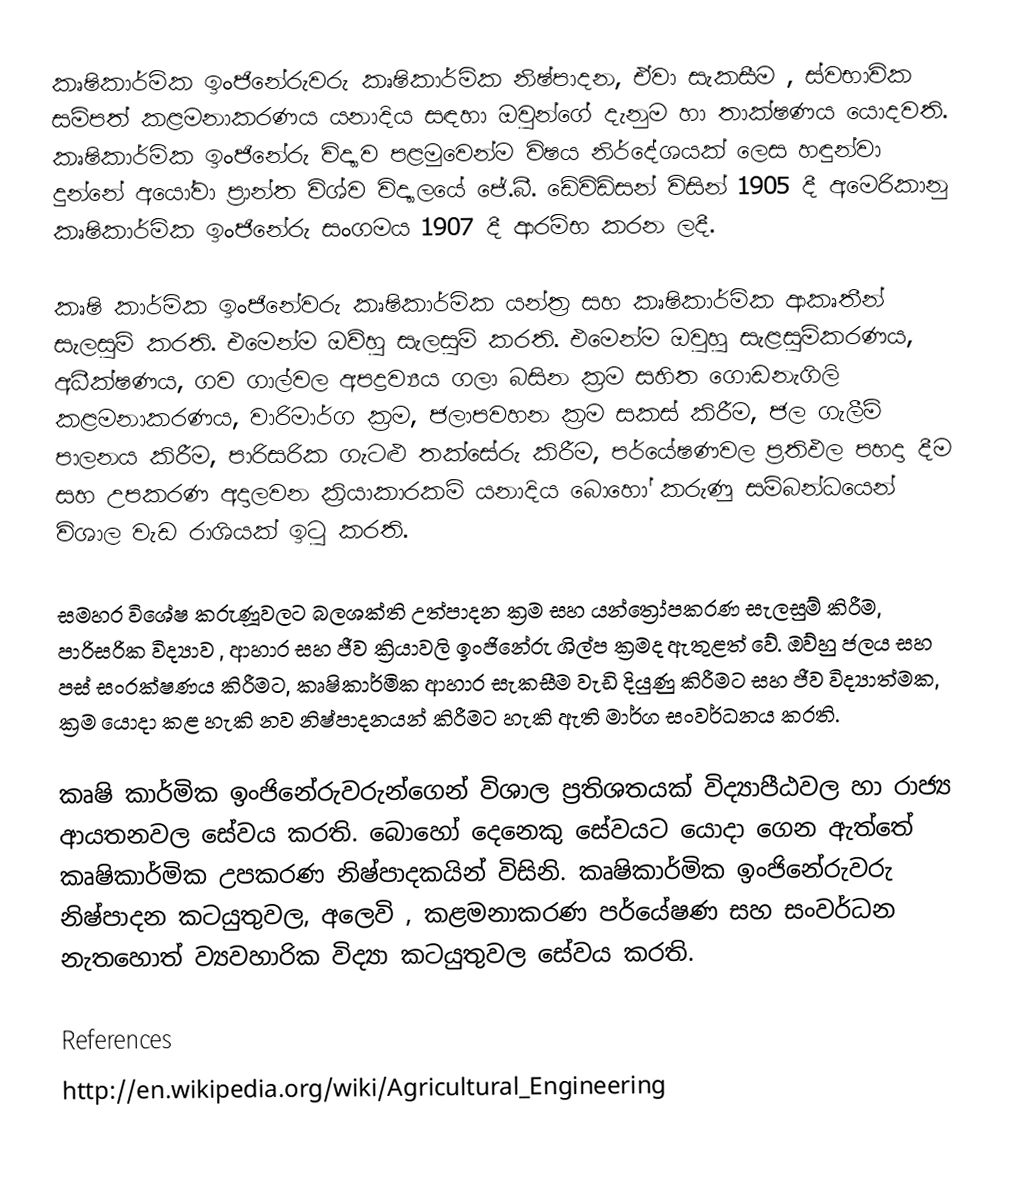
කෘෂිකාර්මික ඉංජිනේරුවරු කෘෂිකාර්මික නිෂ්පාදන, ඒවා සැකසීම , ස්වභාවික සම්පත් කළමනාකරණය යනාදිය සඳහා ඔවුන්ගේ  දැනුම හා තාක්ෂණය යොදවති.  කෘෂිකාර්මික ඉංජිනේරු විද්‍යාව පළමුවෙන්ම විෂය නිර්දේශයක් ලෙස හඳුන්වා දුන්නේ අයෝවා ප්‍රාන්ත විශ්ව විද්‍යාලයේ ජේ.බී. ඩේවිඩ්සන් විසින් 1905 දී අමෙරිකානු කෘෂිකාර්මික ඉංජිනේරු සංගමය 1907 දී ආරම්භ කරන ලදී.

කෘෂි කාර්මික ඉංජිනේවරු කෘෂිකාර්මික යන්ත්‍ර සහ කෘෂිකාර්මික ආකෘතීන් සැලසුම් කරති. එමෙන්ම ඔව්හු සැලසුම් කරති. එමෙන්ම ඔවුහු සැළසුම්කරණය, අධීක්ෂණය, ගව ගාල්වල අපද්‍රව්‍යය ගලා බසින ක්‍රම සහිත ගොඩනැගිලි කළමනාකරණය, වාරිමාර්ග ක්‍රම, ජලාපවහන ක්‍රම සකස් කිරීම, ජල ගැලීම් පාලනය කිරීම, පාරිසරික ගැටළු තක්සේරු කිරීම, පර්යේෂණවල ප්‍රතිඵල පහදා දීම සහ උපකරණ අදාලවන ක්‍රියාකාරකම් යනාදිය බොහෝ කරුණු සම්බන්ධයෙන් විශාල වැඩ රාශියක් ඉටු කරති.

සමහර විශේෂ   කරුණූවලට බලශක්ති උත්පාදන ක්‍රම සහ යන්ත්‍රෝපකරණ සැලසුම් කිරීම, පාරිසරික විද්‍යාව , ආහාර සහ ජීව ක්‍රියාවලි ඉංජිනේරු ශිල්ප ක්‍රමද ඇතුළත් වේ. ඔව්හු ජලය සහ පස් සංරක්ෂණය කිරීමට, කෘෂිකාර්මික ආහාර සැකසීම වැඩි දියුණු කිරීමට සහ ජීව විද්‍යාත්මක, ක්‍රම යොදා කළ හැකි නව නිෂ්පාදනයන් කිරීමට හැකි ඇති මාර්ග සංවර්ධනය කරති.

කෘෂි කාර්මික ඉංජිනේරුවරුන්ගෙන් විශාල ප්‍රතිශතයක් විද්‍යාපීඨවල හා රාජ්‍ය ආයතනවල සේවය කරති. බොහෝ දෙනෙකු සේවයට යොදා ගෙන ඇත්තේ කෘෂිකාර්මික උපකරණ නිෂ්පාදකයින් විසිනි. කෘෂිකාර්මික ඉංජිනේරුවරු නිෂ්පාදන කටයුතුවල, අලෙවි , කළමනාකරණ පර්යේෂණ සහ සංවර්ධන නැතහොත් ව්‍යවහාරික විද්‍යා කටයුතුවල සේවය කරති.

References
http://en.wikipedia.org/wiki/Agricultural_Engineering